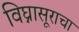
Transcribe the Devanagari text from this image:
विघ्नासूराचा